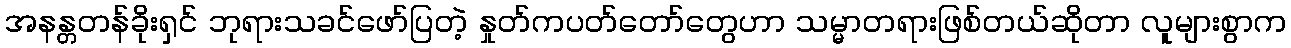
အနန္တတန်ခိုးရှင် ဘုရားသခင်ဖော်ပြတဲ့ နှုတ်ကပတ်တော်တွေဟာ သမ္မာတရားဖြစ်တယ်ဆိုတာ လူများစွာက